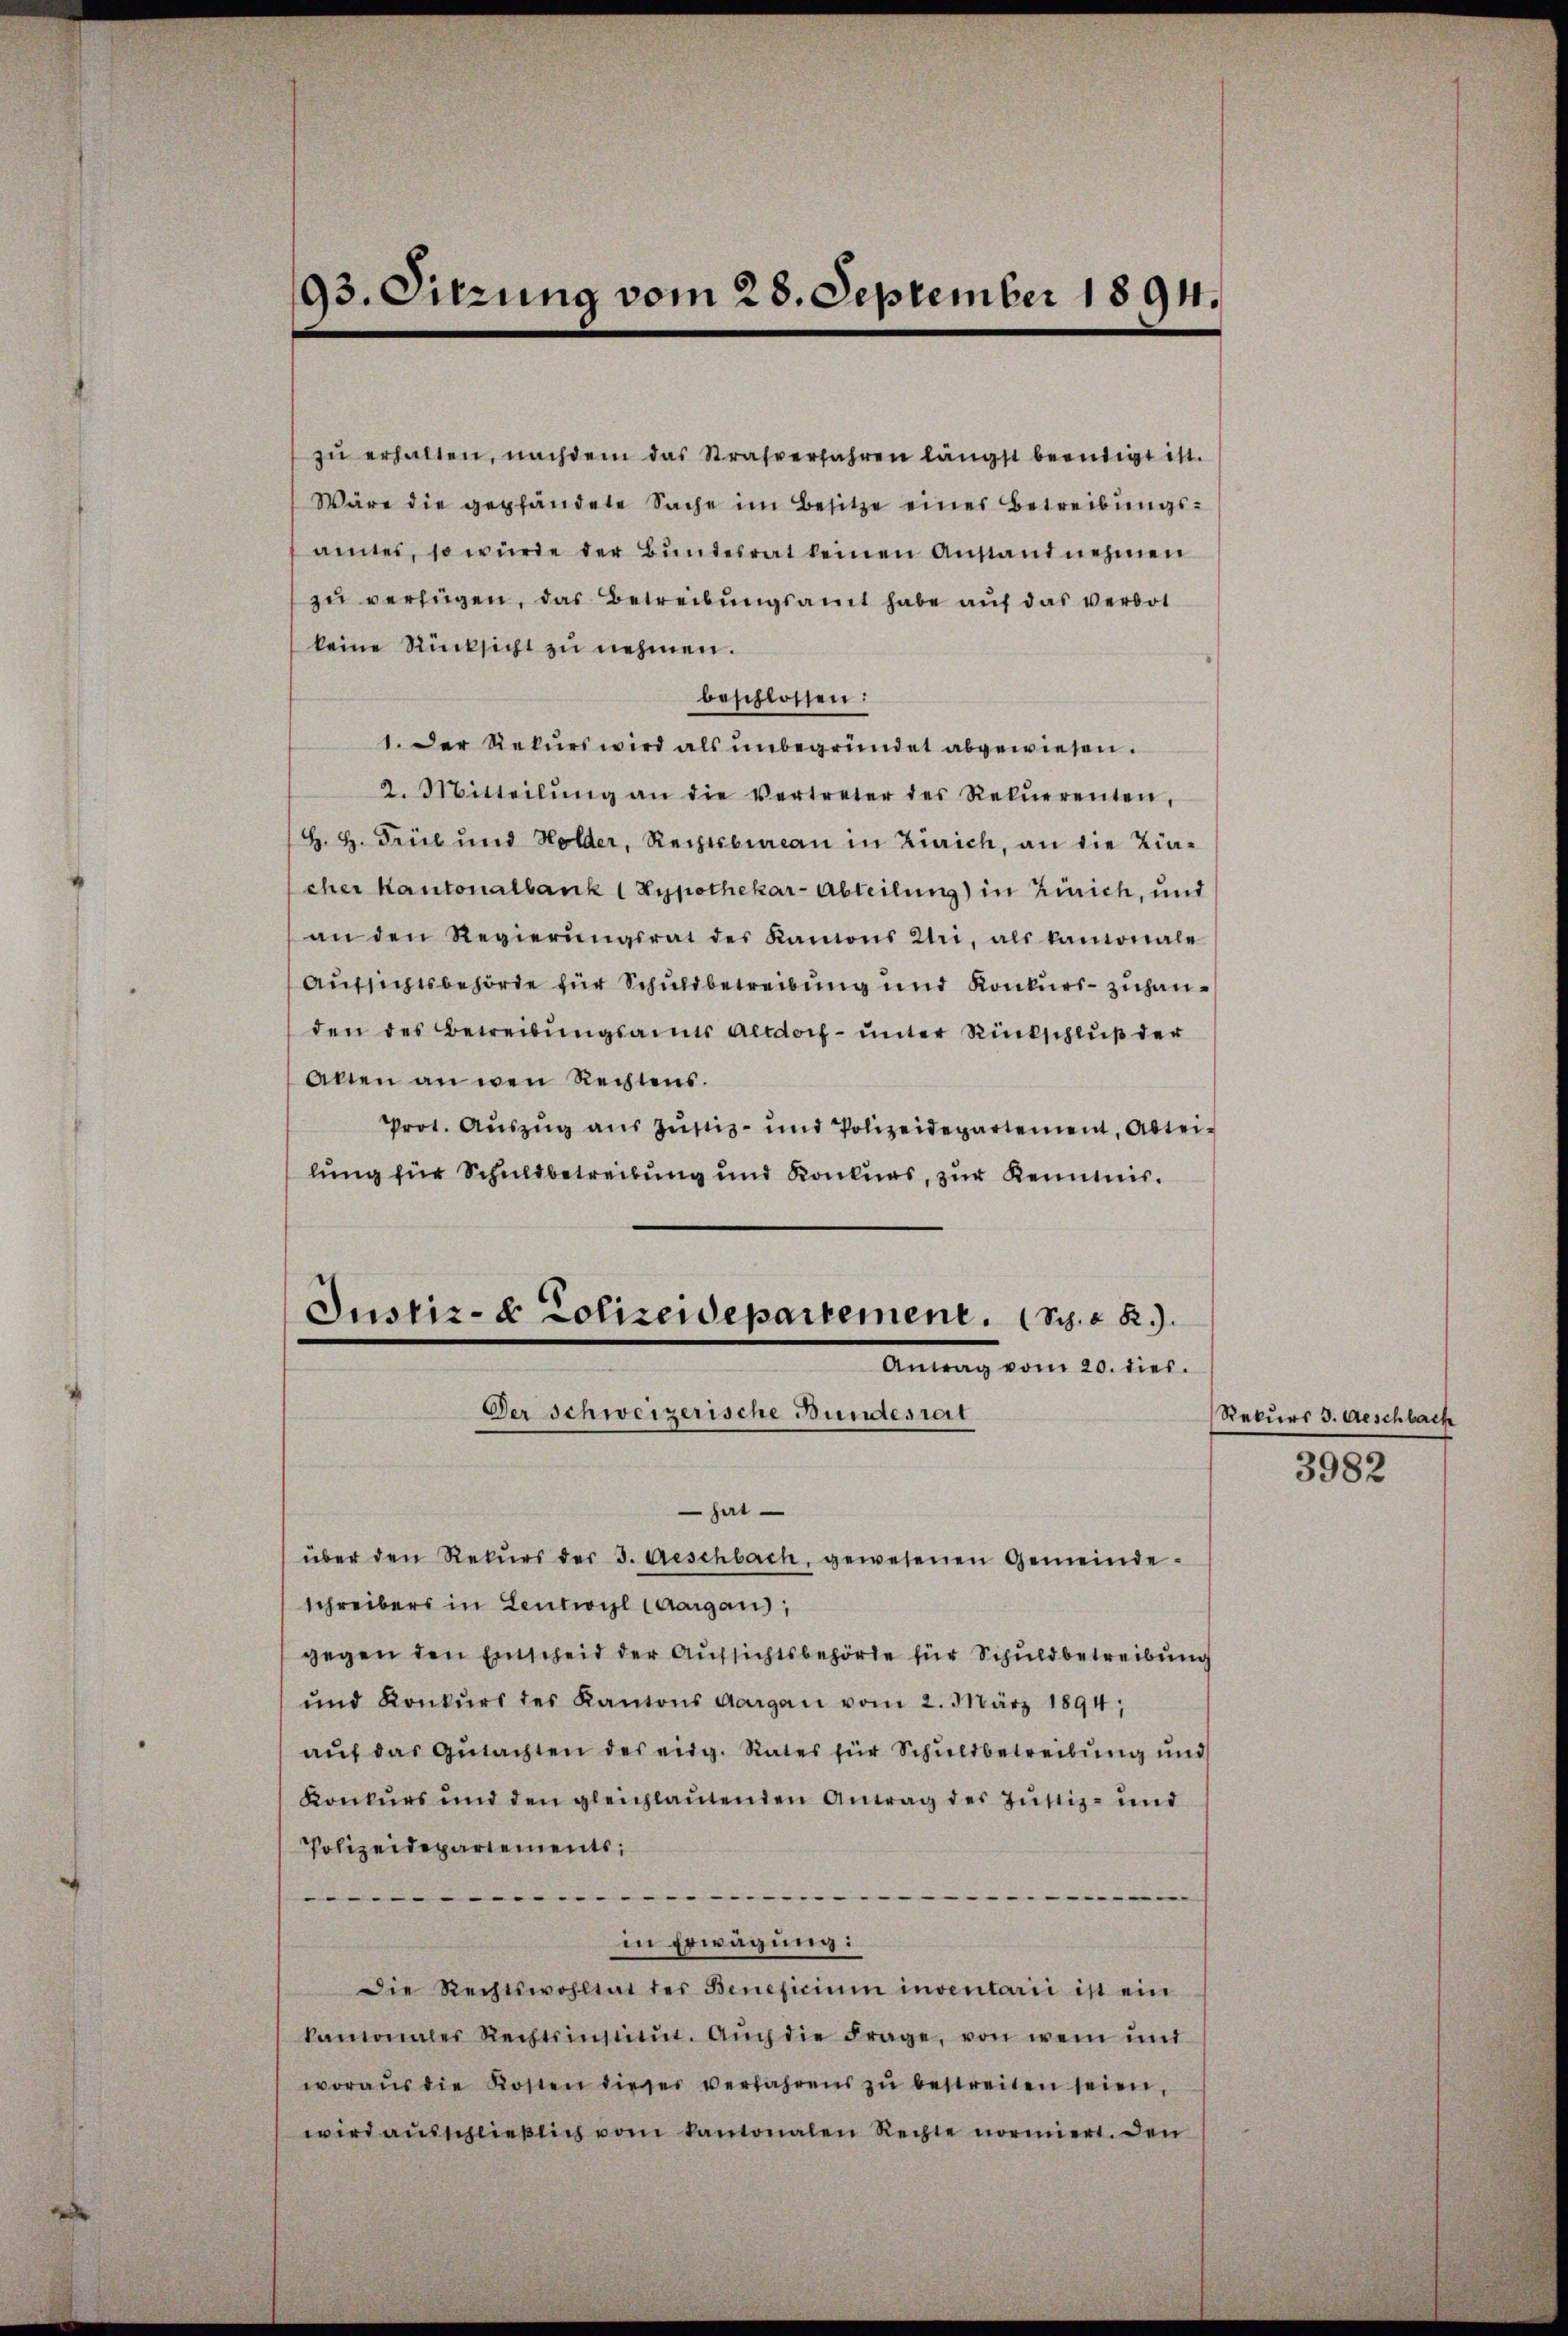
zŭ erhalten, nachdem das Strafverfahren längst beendigt ist.
Wäre die gepfändete Sache im Besitze eines Betreibŭngs-
amtes, so würde der Bŭndesrat keinen Anstand nehmen
zu verfügen, das Betreibungsamt habe auf das verbot
keine Rücksicht zu nehmen.
beschlossen:
1. Der Rekurs wird als unbegründet abgewiesen.
2. Mitteilŭng an die vertreter des Rekŭrrenten,
H. H. Trieb und Holder, Rechtsbureau in Zürich, an die Zincher Kantonalbank 1 Hypothekar-Abteilung) in Zürich, und
an den Regierŭngsrat des Kanons Uri, als kamonale
Aufsichtsbehörde für Schuldbetreibung und Konkurs- zuhanden des Betreibungsames Altdorf- unter Rückschluß der
Alten an den Rechtens.
Prot. Aŭszŭg aŭs Zŭstiz- und Polizeidepartement, Abtei-
lung für Schuldbetreibung und Konkurs, zur Keimis¬
Justiz- & Polizeidepartement. (S. 28.
Antrag vom 20. dies.
Der Schweizerische Bundesrat
sirt
über den Rekŭrs der 3. Geschbach, gewesenen Gemeinde-
Schreibers in Leutwil Caargau,
gegen den Einscheid der Aufsichtsbehörde für Schuldbetreibung
und Konkŭrs des Kantons Aargau vom 2. März 1894,
aŭf das Gutachten des eidg. Rates für Schuldbetreibung und
Konkurs und den gleichlautenden Antrag des Justiz- und
Polizeidepartements
.
e
in Erwägung:
Die Rechtswohltat des Beneficium inventarii ist ein
kantonales Rechtsinstitŭt. Aŭch die Frage, von wem ŭnt
woraus die Kosten dieser verfahrens zŭ bestreiten seien,
wird aŭsschließlich vom kantonalen Rechte normiert. Den

93. Sitzung vom 28. September 1894.

Rekurs d. Geschbach
3982